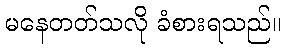
မနေတတ်သလို ခံစားရသည်။